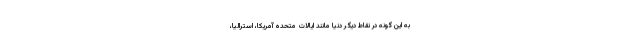
به این گونه در نقاط دیگر دنیا مانند ایالات متحده آمریکا، استرالیا،